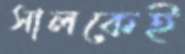
সালকেই